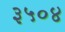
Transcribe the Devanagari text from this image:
३५०४